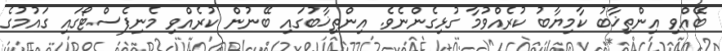
ބޭއްވި އިންތިޚާބު ކާމިޔާބު ކުރެއްވުމާ ގުޅިގެންނެވެ. އިންތިޚާބުގައި ބޭނުން ކުރެއްވި މެނިފެސްޓޯގައި ގައުމުގެ